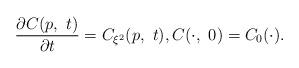
LaTeX: \begin{align*} \frac{\partial C(p,~t)}{\partial t}=C_{\xi^2}(p,~t), C(\cdot,~0)=C_0(\cdot). \end{align*}